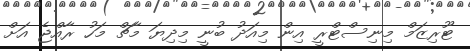
ޓޫރިޒަމް މިނިސްޓްރީ އިން މިއަދު ބުނީ މިދިޔަ މާޗް މަހު ރާއްޖެ އަށް